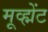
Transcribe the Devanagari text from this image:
मूव्ह्मेंट